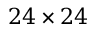
2 4 \times 2 4